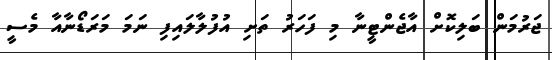
ޖަރުމަން ބަލިކޮށް އާޖެންޓީނާ މި ފަހަރު ތަށި އުފުލާލައިފި ނަމަ މަރަޑޯނާއާ މެސީ